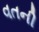
વતની